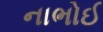
નાભોઈ